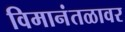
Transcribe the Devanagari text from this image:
विमानंतळावर